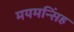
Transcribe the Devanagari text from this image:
मयमन्सिंह